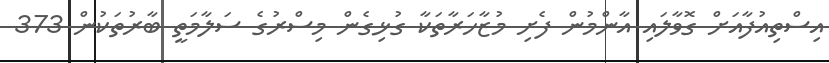
އިސްތިއުފާއަށް ގޮވާލައި އާންމުން ފެށި މުޒާހަރާތަކާ ގުޅިގެން މިސްރުގެ ސަލާމަތީ ބާރުތަކުން 373